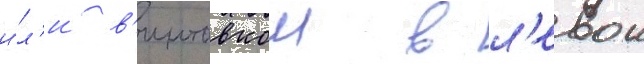
и́л'и в'интовкои в л'евои